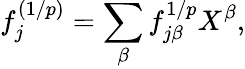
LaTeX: f_{j}^{(1/p)}=\sum_{\beta}f_{j\beta}^{1/p}X^{\beta},